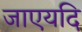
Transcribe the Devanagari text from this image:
जाएयदि